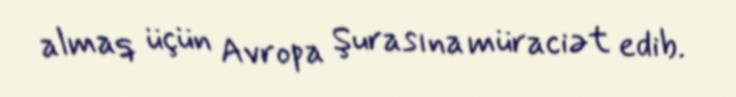
almaq üçün Avropa Şurasına müraciət edib.